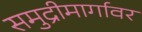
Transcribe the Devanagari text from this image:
समुद्रीमार्गावर